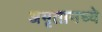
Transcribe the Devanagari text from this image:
अमृतामध्ये